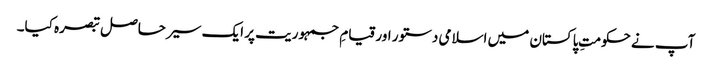
آپ نے حکومتِ پاکستان میں اسلامی دستور اور قیامِ جمہوریت پر ایک سیر حاصل تبصرہ کیا۔